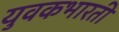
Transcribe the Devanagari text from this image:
युवकभारती